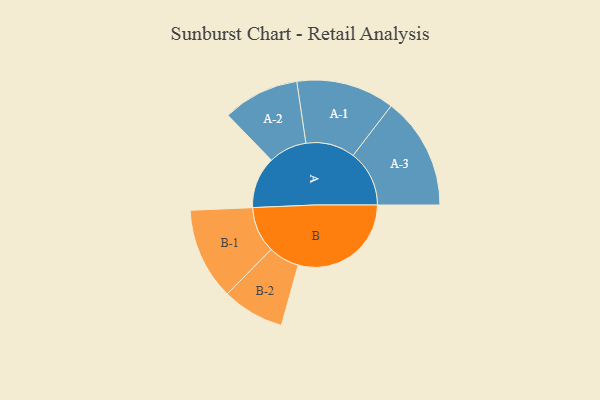
{"axis": {"x": "Segment", "y": "Value"}, "legend": ["", "A", "B"], "data": [{"x": "A", "y": 228, "type": ""}, {"x": "B", "y": 499, "type": ""}, {"x": "A-1", "y": 217, "type": "A"}, {"x": "A-2", "y": 169, "type": "A"}, {"x": "A-3", "y": 248, "type": "A"}, {"x": "B-1", "y": 203, "type": "B"}, {"x": "B-2", "y": 137, "type": "B"}]}